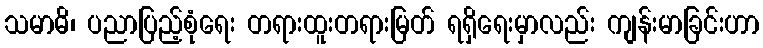
သမာဓိ၊ ပညာပြည့်စုံရေး တရားထူးတရားမြတ် ရရှိရေးမှာလည်း ကျန်းမာခြင်းဟာ